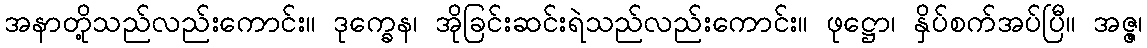
အနာတို့သည်လည်းကောင်း။ ဒုက္ခေန၊ အိုခြင်းဆင်းရဲသည်လည်းကောင်း။ ဖုဋ္ဌော၊ နှိပ်စက်အပ်ပြီ။ အဇ္ဇ၊